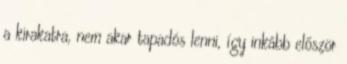
a kirakatra, nem akar tapadós lenni, így inkább először